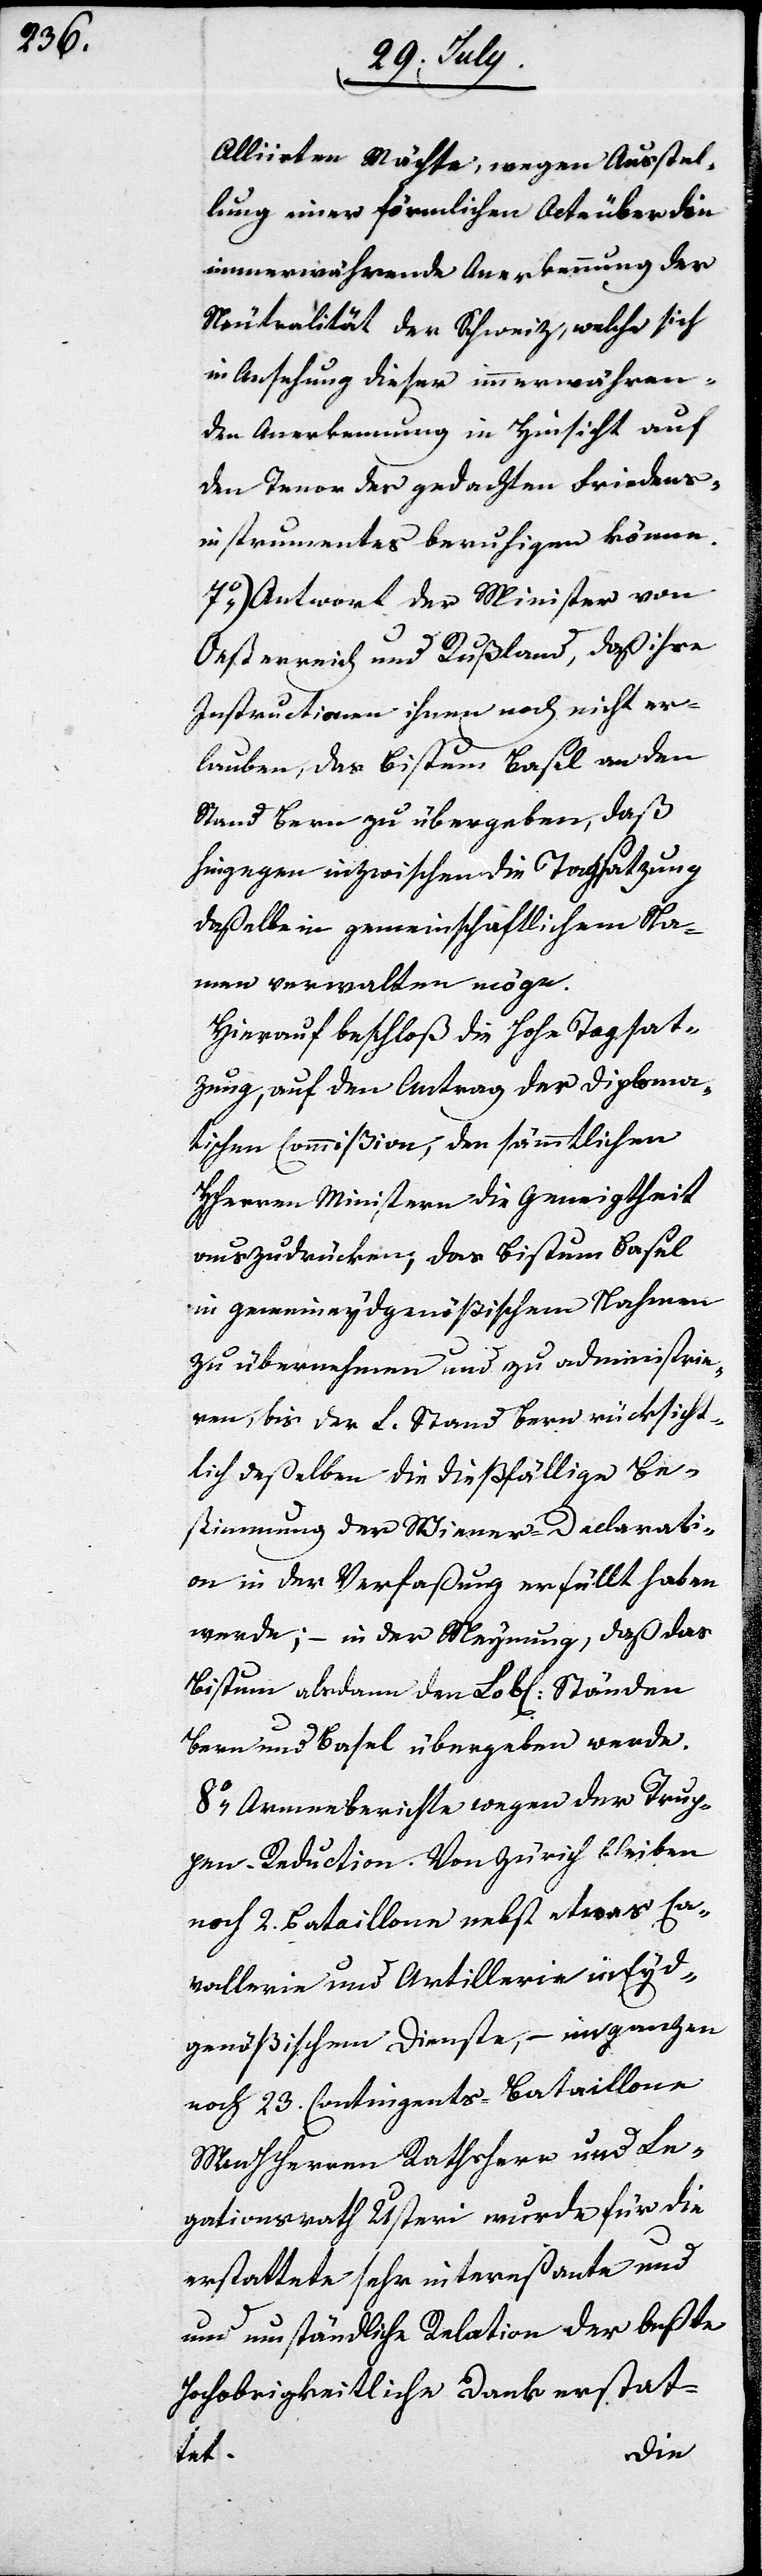
Alliirten Mächte, wegen Ausstel¬
lung einer förmlichen Acte über die
immerwährende Anerkennung der
Neutralität der Schweiz, welche sich
in Ansehung dieser immerwähren¬
den Anerkennung in Hinsicht auf
den Tenor des gedachten Friedens¬
instrumentes beruhigen könne.
7.) Antwort der Minister von
Oesterreich und Rußland, daß ihre
Instructionen ihnen noch nicht er¬
lauben, das Bistum Basel an den
Stand Bern zu übergeben, daß
hingegen inzwischen die Tagsatzung
daßelbe in gemeinschaftlichem Na¬
men verwalten möge.
Hierauf beschloß die Hohe Tagsat¬
zung, auf den Antrag der Diploma¬
tischen Commißion, den sämmtlichen
HHerren Ministern die Geneigtheit
auszudrücken, das Bistum Basel
in gemeineydgenößischem Nahmen
zu übernehmen und zu administrie¬
ren, bis der L. Stand Bern rücksicht¬
lich deßelben die dießfällige Be¬
stimmung der Wiener Declarati¬
on in der Verfaßung erfüllt haben
werde; – in der Meynung, daß das
Bistum alsdann den Lobl. Ständen
Bern und Basel übergeben werde.
8.) Armeeberichte wegen der Trup¬
pen-Reduction. Von Zürich bleiben
noch 2. Bataillone nebst etwas Ca¬
vallerie und Artillerie in Eyd¬
genößischem Dienste, – im ganzen
noch 23. Contingents-Bataillone.
MHHerren Rathsherr und Le¬
gationrath Usteri wurde für die
erstattete sehr intereßante und
umständliche Relation der beßte
Hochobrigkeitliche Dank erstat¬
tet.